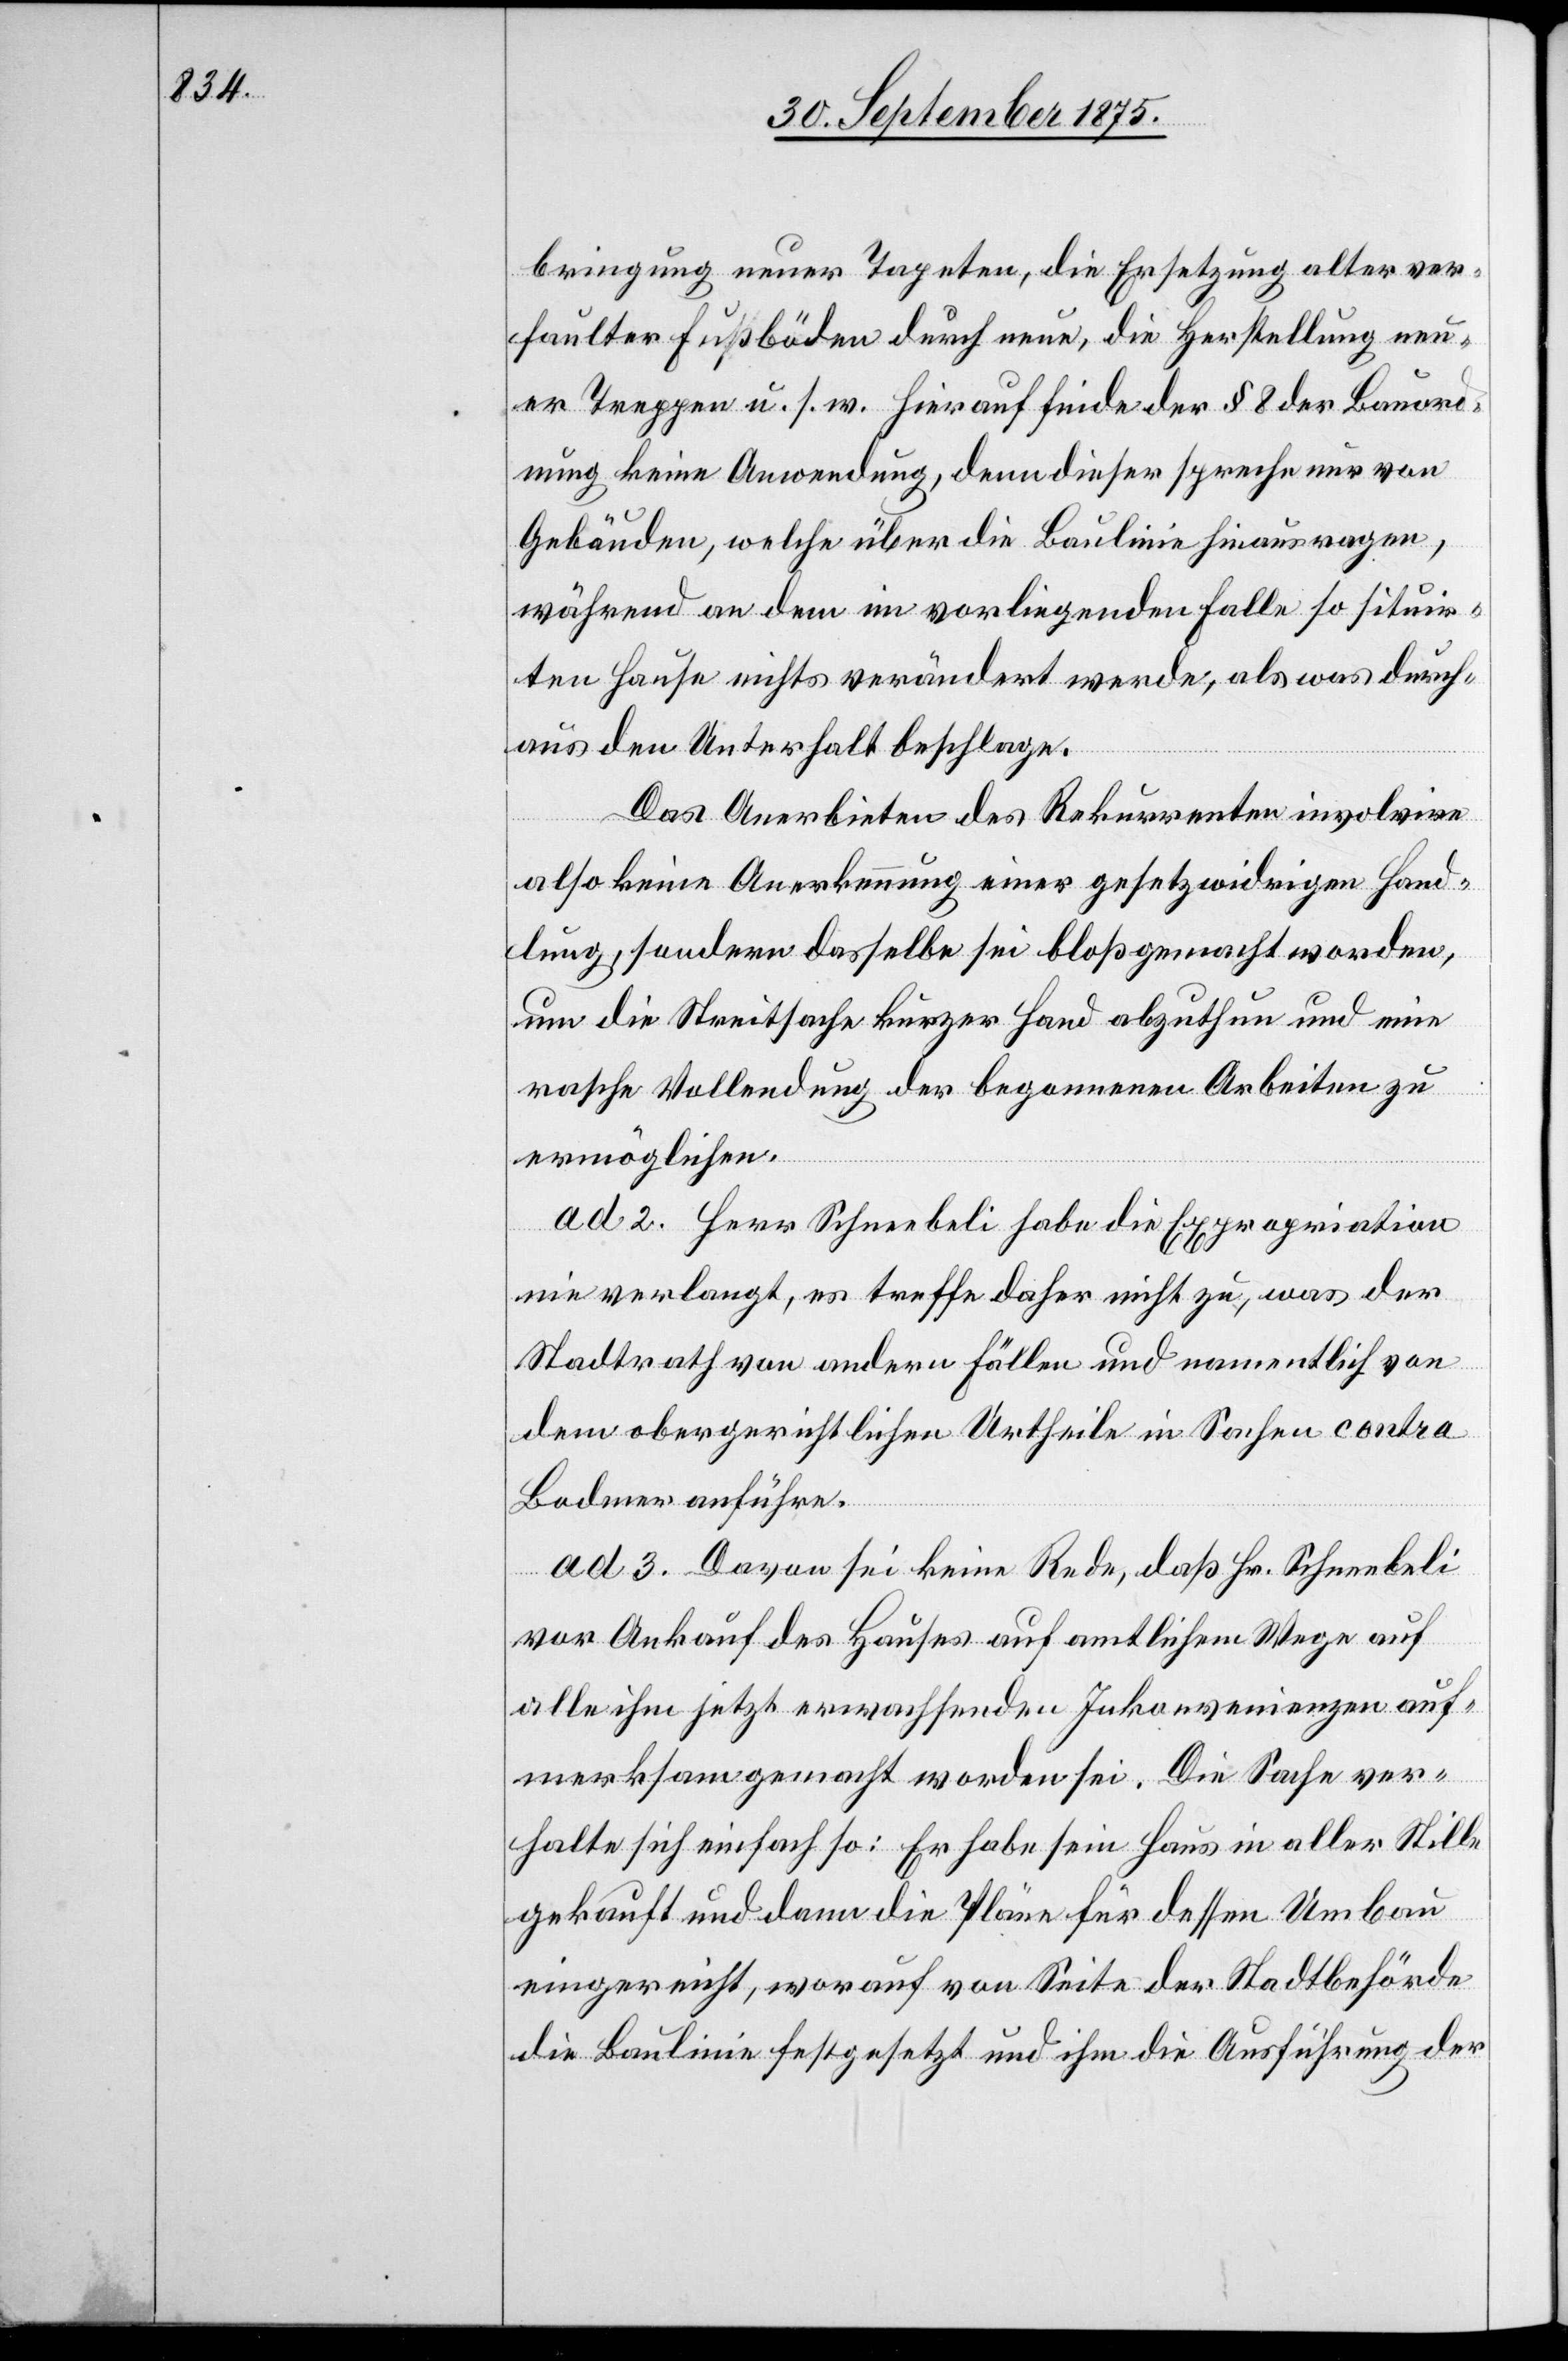
bringung neuer Tapeten, die Ersetzung alter ver¬
faulter Fußböden durch neue, die Herstellung neu¬
er Treppen u. s. w. Hierauf finde der § 8 der Bauord¬
nung keine Anwendung, denn dieser spreche nur von
Gebäuden, welche über die Baulinie hinausragen,
während an dem im vorliegenden Falle so situir¬
ten Hause nichts verändert werde, als was durch¬
aus den Unterhalt beschlage.
Das Anerbieten des Rekurrenten involvire
also keine Anerkennung einer gesetzwidrigen Hand¬
lung, sondern dasselbe sei bloß gemacht worden,
um die Streitsache kurzer Hand abzuthun und eine
rasche Vollendung der begonnenen Arbeiten zu
ermöglichen.
ad 2. Herr Schneebli habe die Expropriation
nie verlangt, es treffe daher nicht zu, was der
Stadtrath von andern Fällen und namentlich von
dem obergerichtlichen Urtheile in Sachen contra
Bodmer anführe.
ad 3. Davon sei keine Rede, daß Hr. Schneebeli
vor Ankauf des Hauses auf amtlichem Wege auf
alle ihm jetzt erwachsenden Inkonvenienzen auf¬
merksam gemacht worden sei. Die Sache ver¬
halte sich einfach so: Er habe sein Haus in aller Stille
gekauft und dann die Pläne für dessen Umbau
eingereicht, worauf von Seite der Stadtbehörde
die Baulinie festgesetzt und ihm die Ausführung der